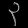
Digit: ၃